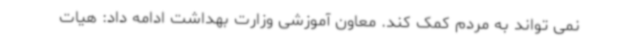
نمی تواند به مردم کمک کند. معاون آموزشی وزارت بهداشت ادامه داد: هیات